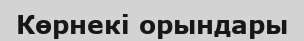
Көрнекі орындары